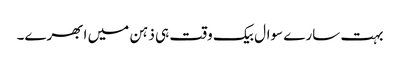
بہت سارے سوال بیک وقت ہی ذہن میں ابھرے۔